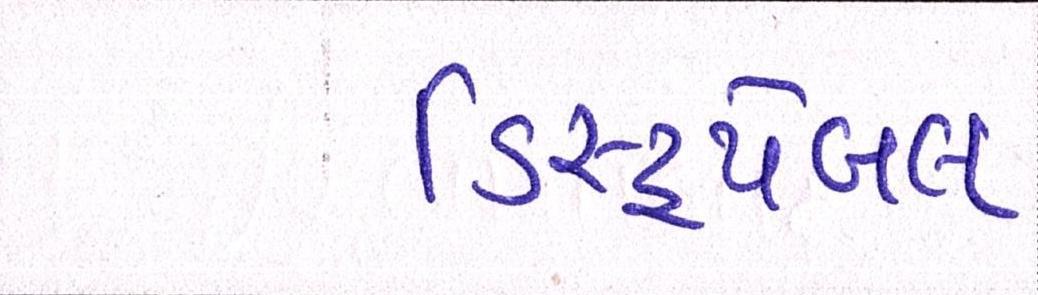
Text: ડિસ્ટ્રપેબલ